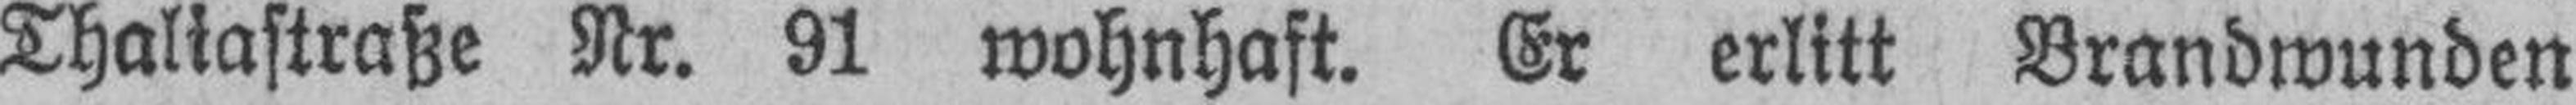
Thaliastraße Nr. 91 wohnhaft. Er erlitt Brandwunden